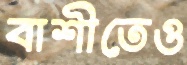
বাশীতেও